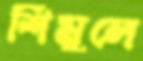
শিমুলে